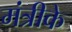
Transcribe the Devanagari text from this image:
मंत्रीके